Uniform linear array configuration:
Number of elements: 12
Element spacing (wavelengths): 0.5
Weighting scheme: blackman
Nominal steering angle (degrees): -30
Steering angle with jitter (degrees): -30.973
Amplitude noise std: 0.05
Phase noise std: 0.05

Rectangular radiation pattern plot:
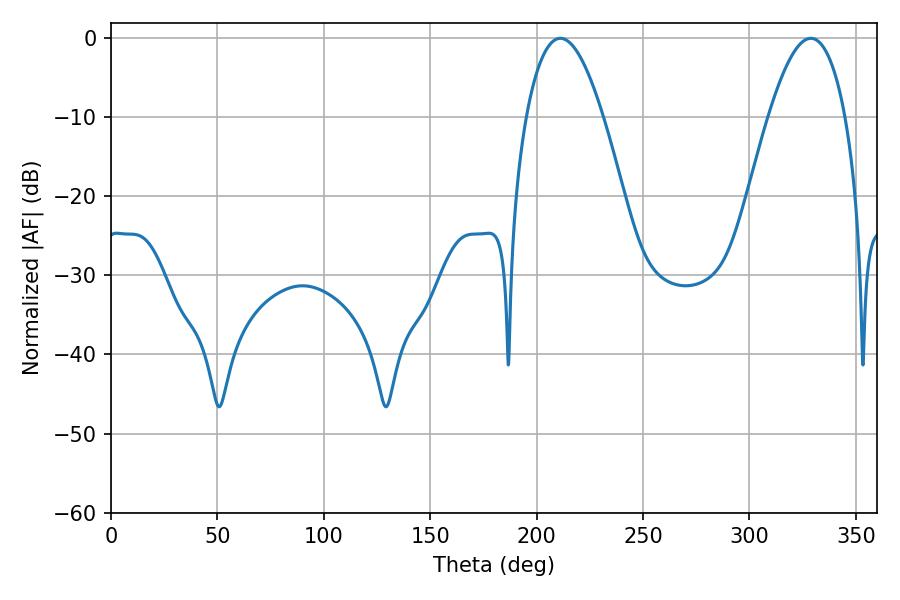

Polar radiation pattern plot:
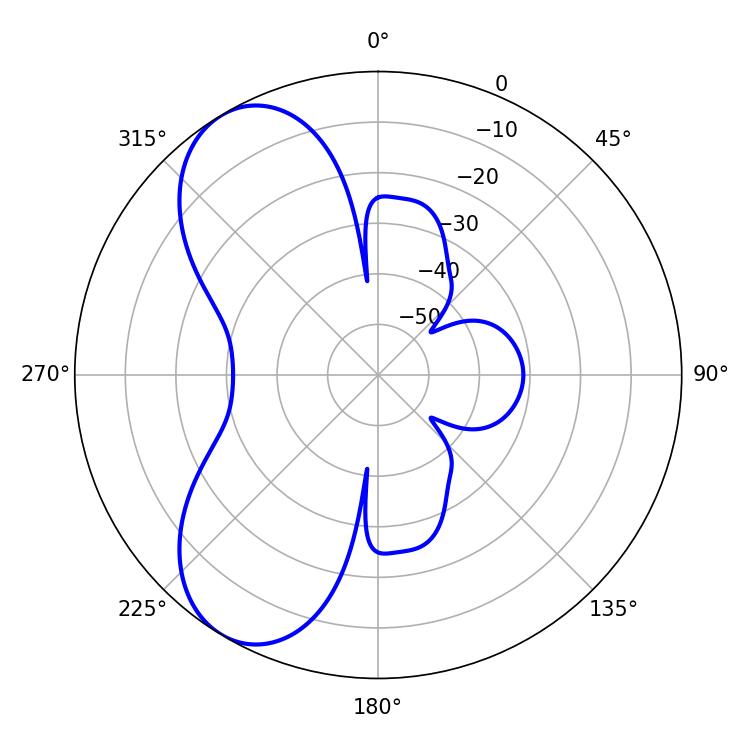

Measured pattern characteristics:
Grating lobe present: FALSE
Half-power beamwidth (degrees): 19.8
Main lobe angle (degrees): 328.86